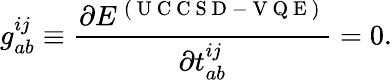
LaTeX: g_{ab}^{ij}\equiv\frac{\partial E^{\mathrm{~(~U~C~C~S~D~-~V~Q~E~)~}}}{\partial t_{ab}^{ij}}=0.